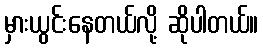
မှားယွင်းနေတယ်လို့ ဆိုပါတယ်။